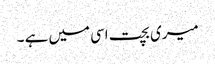
میری بچت اسی میں ہے ۔